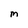
Character: m